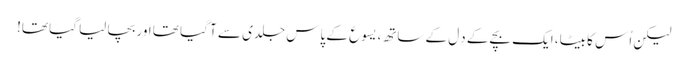
لیکن اُس کا بیٹا، ایک بچے کے دِل کے ساتھ، یسوع کے پاس جلدی سے آ گیا تھا اور بچا لیا گیا تھا!